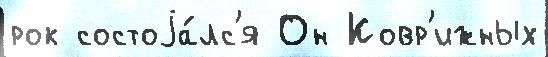
рок состоjа́лс'я Он Ковр'ижных